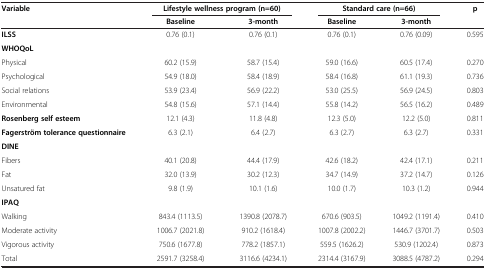
<table><thead><tr><td rowspan="2"><b>Variable</b></td><td colspan="2"><b>Lifestyle wellness program (n=60)</b></td><td colspan="2"><b>Standard care (n=66)</b></td><td rowspan="2"><b>p</b></td></tr><tr><td><b>Baseline</b></td><td><b>3-month</b></td><td><b>Baseline</b></td><td><b>3-month</b></td></tr></thead><tbody><tr><td><b>ILSS</b></td><td>0.76 (0.1)</td><td>0.76 (0.1)</td><td>0.76 (0.1)</td><td>0.76 (0.09)</td><td>0.595</td></tr><tr><td><b>WHOQoL</b></td><td> </td><td> </td><td> </td><td> </td><td> </td></tr><tr><td>Physical</td><td>60.2 (15.9)</td><td>58.7 (15.4)</td><td>59.0 (16.6)</td><td>60.5 (17.4)</td><td>0.270</td></tr><tr><td>Psychological</td><td>54.9 (18.0)</td><td>58.4 (18.9)</td><td>58.4 (16.8)</td><td>61.1 (19.3)</td><td>0.736</td></tr><tr><td>Social relations</td><td>53.9 (23.4)</td><td>56.9 (22.2)</td><td>53.0 (25.5)</td><td>56.9 (24.5)</td><td>0.803</td></tr><tr><td>Environmental</td><td>54.8 (15.6)</td><td>57.1 (14.4)</td><td>55.8 (14.2)</td><td>56.5 (16.2)</td><td>0.489</td></tr><tr><td><b>Rosenberg self esteem</b></td><td>12.1 (4.3)</td><td>11.8 (4.8)</td><td>12.3 (5.0)</td><td>12.2 (5.0)</td><td>0.811</td></tr><tr><td><b>Fagerström tolerance questionnaire</b></td><td>6.3 (2.1)</td><td>6.4 (2.7)</td><td>6.3 (2.7)</td><td>6.3 (2.7)</td><td>0.331</td></tr><tr><td><b>DINE</b></td><td> </td><td> </td><td> </td><td> </td><td> </td></tr><tr><td>Fibers</td><td>40.1 (20.8)</td><td>44.4 (17.9)</td><td>42.6 (18.2)</td><td>42.4 (17.1)</td><td>0.211</td></tr><tr><td>Fat</td><td>32.0 (13.9)</td><td>30.2 (12.3)</td><td>34.7 (14.9)</td><td>37.2 (14.7)</td><td>0.126</td></tr><tr><td>Unsatured fat</td><td>9.8 (1.9)</td><td>10.1 (1.6)</td><td>10.0 (1.7)</td><td>10.3 (1.2)</td><td>0.944</td></tr><tr><td><b>IPAQ</b></td><td> </td><td> </td><td> </td><td> </td><td> </td></tr><tr><td>Walking</td><td>843.4 (1113.5)</td><td>1390.8 (2078.7)</td><td>670.6 (903.5)</td><td>1049.2 (1191.4)</td><td>0.410</td></tr><tr><td>Moderate activity</td><td>1006.7 (2021.8)</td><td>910.2 (1618.4)</td><td>1007.8 (2002.2)</td><td>1446.7 (3701.7)</td><td>0.503</td></tr><tr><td>Vigorous activity</td><td>750.6 (1677.8)</td><td>778.2 (1857.1)</td><td>559.5 (1626.2)</td><td>530.9 (1202.4)</td><td>0.873</td></tr><tr><td>Total</td><td>2591.7 (3258.4)</td><td>3116.6 (4234.1)</td><td>2314.4 (3167.9)</td><td>3088.5 (4787.2)</td><td>0.294</td></tr></tbody></table>